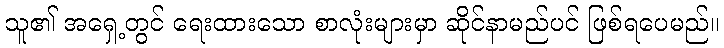
သူ၏ အရှေ့တွင် ရေးထားသော စာလုံးများမှာ ဆိုင်နာမည်ပင် ဖြစ်ရပေမည်။